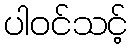
ပါဝင်သင့်